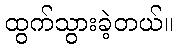
ထွက်သွားခဲ့တယ်။